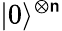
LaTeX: |0\rangle^{\otimes\mathsf{n}}